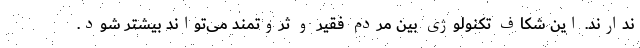
ندارند. این شکاف تکنولوژی بین مردم فقیر و ثروتمند می‌تواند بیشتر شود.